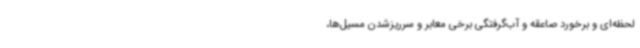
لحظه‌ای و برخورد صاعقه و آب‌گرفتگی برخی معابر و سرریزشدن مسیل‌ها،